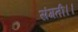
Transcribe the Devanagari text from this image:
संगती।।